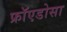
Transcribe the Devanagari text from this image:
फ्रॉएडोसा